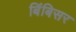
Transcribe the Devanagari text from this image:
बिंबिसर